Trukikaitis_Postimees, lk 225
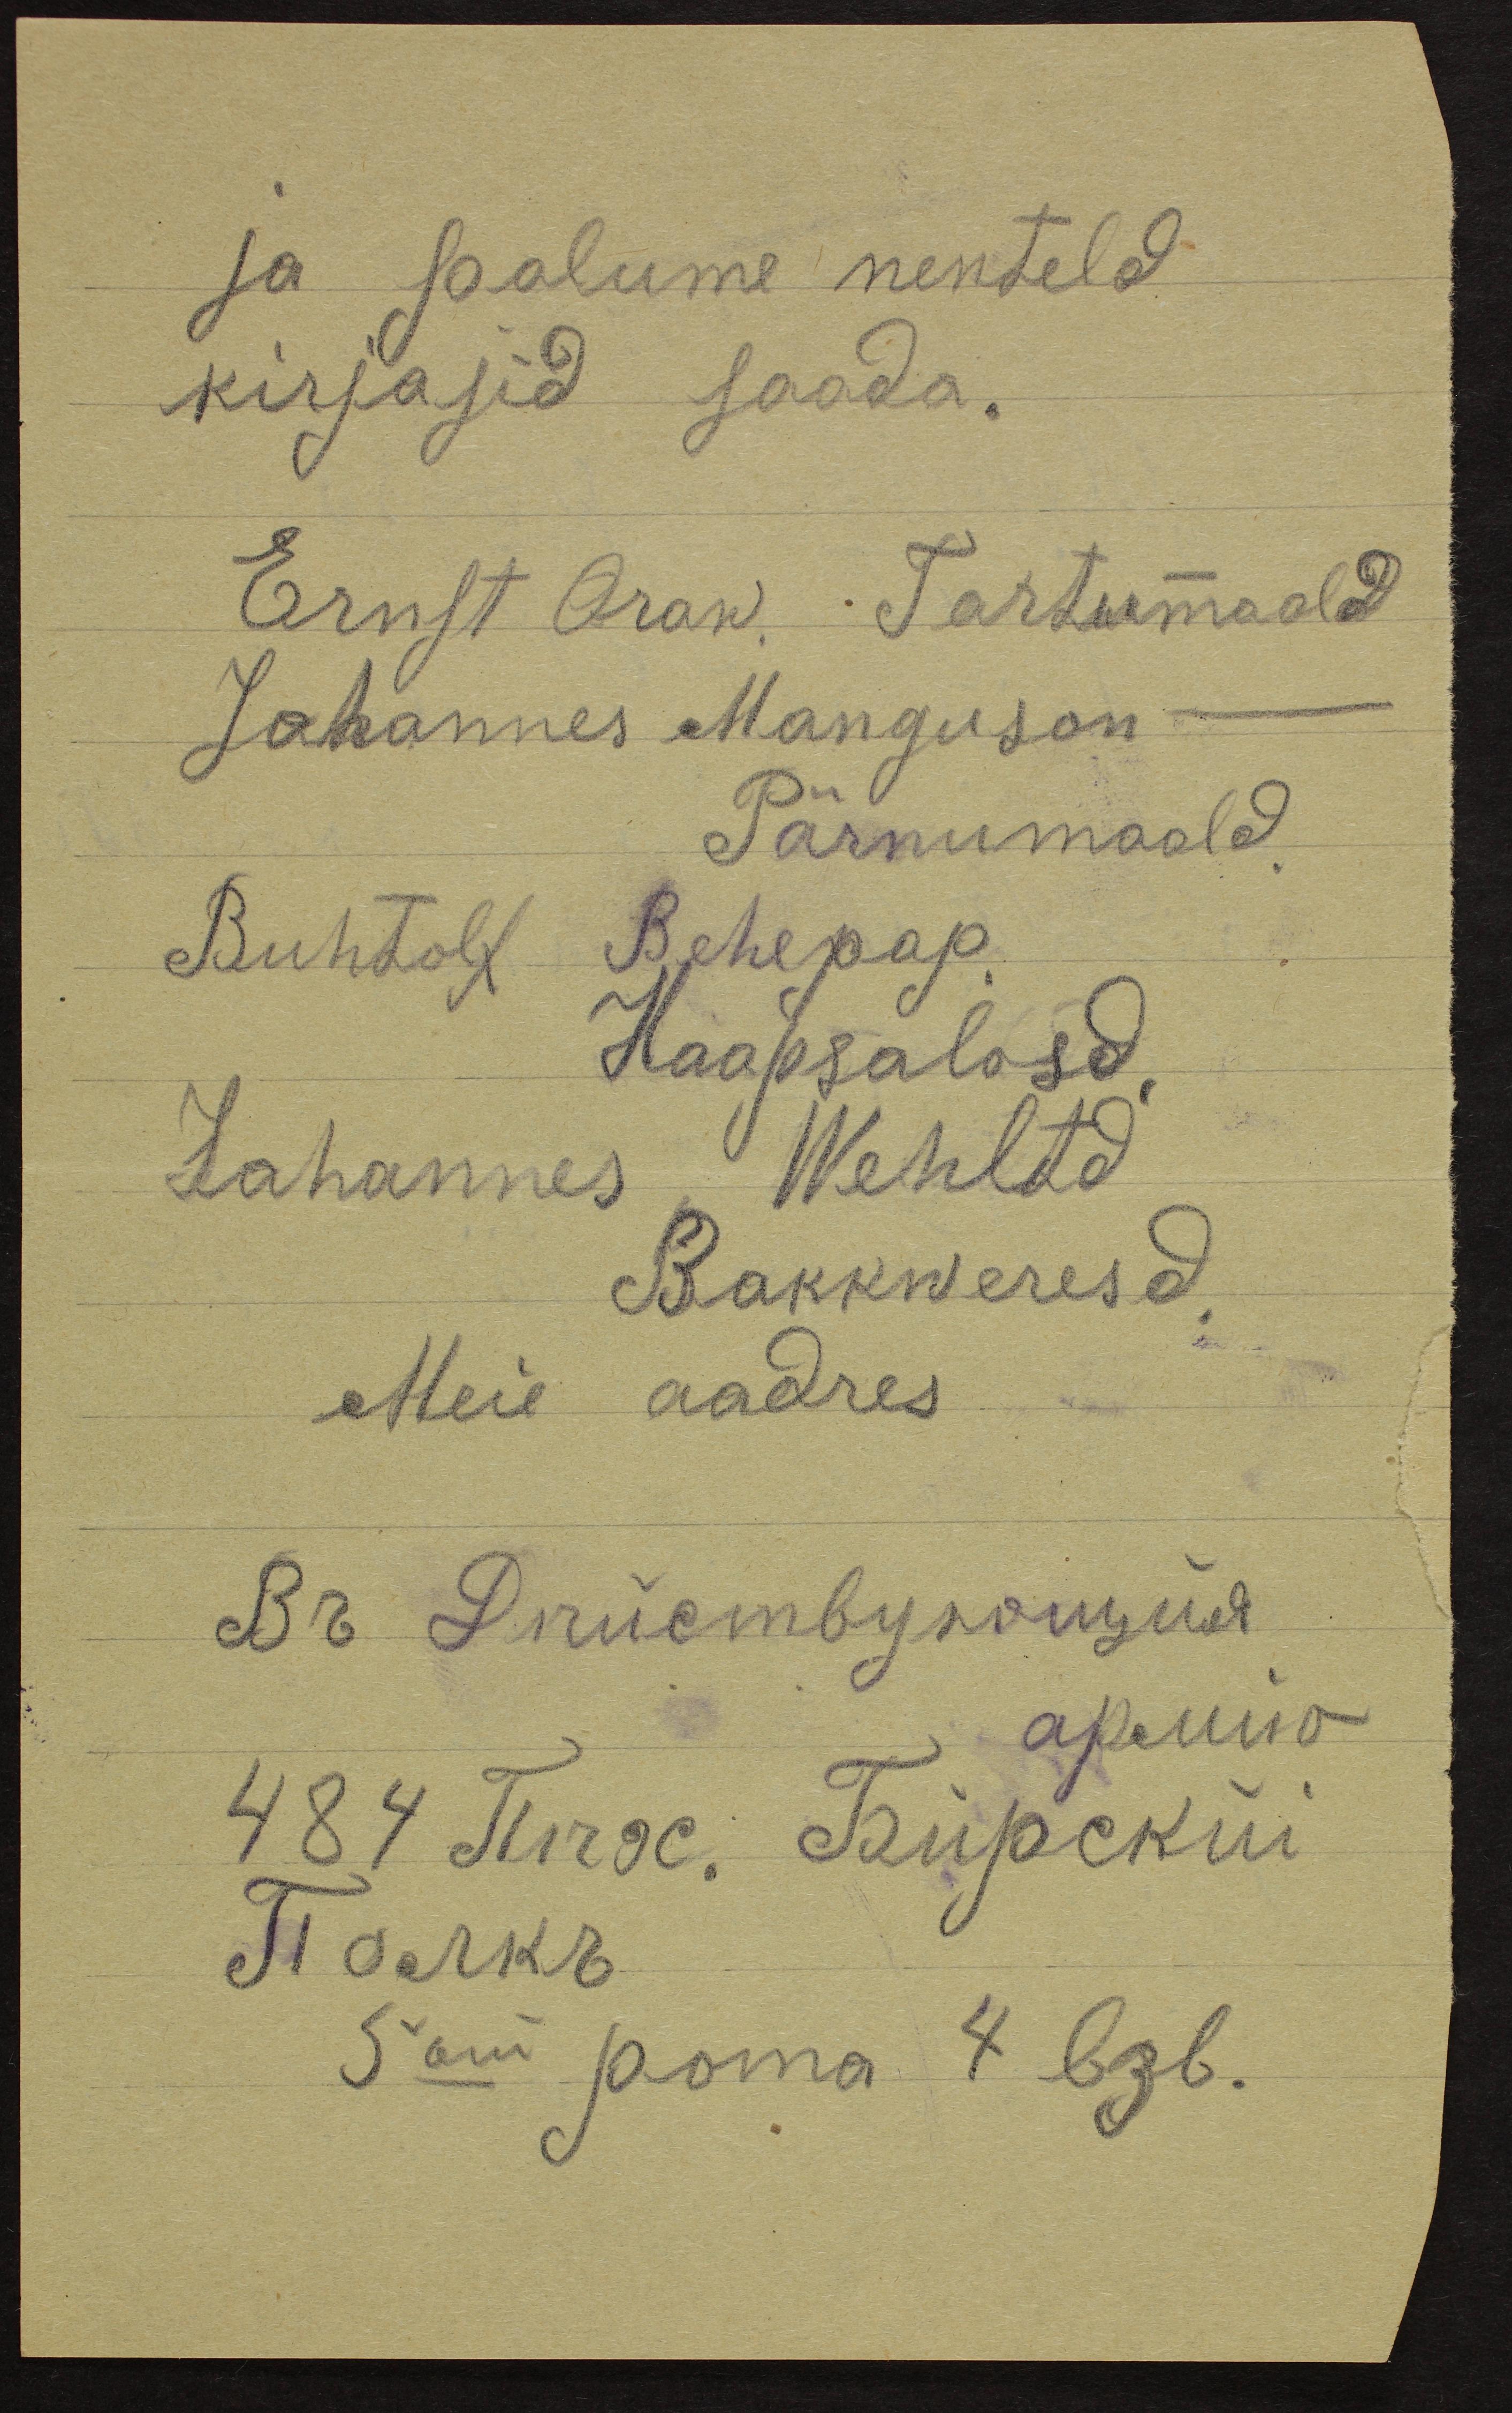
ja palume nenteld
kirjasid saada.
Ernst Oraw. Tartumaald
Johannes Manguson
Pärnumaald.
Ruhtolf Rehepap
Haapsalosd
Johannes Wehltd
Rakkweresd.
Meie aadres